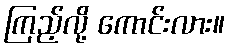
ကြည့်လို့ ကောင်းလား။